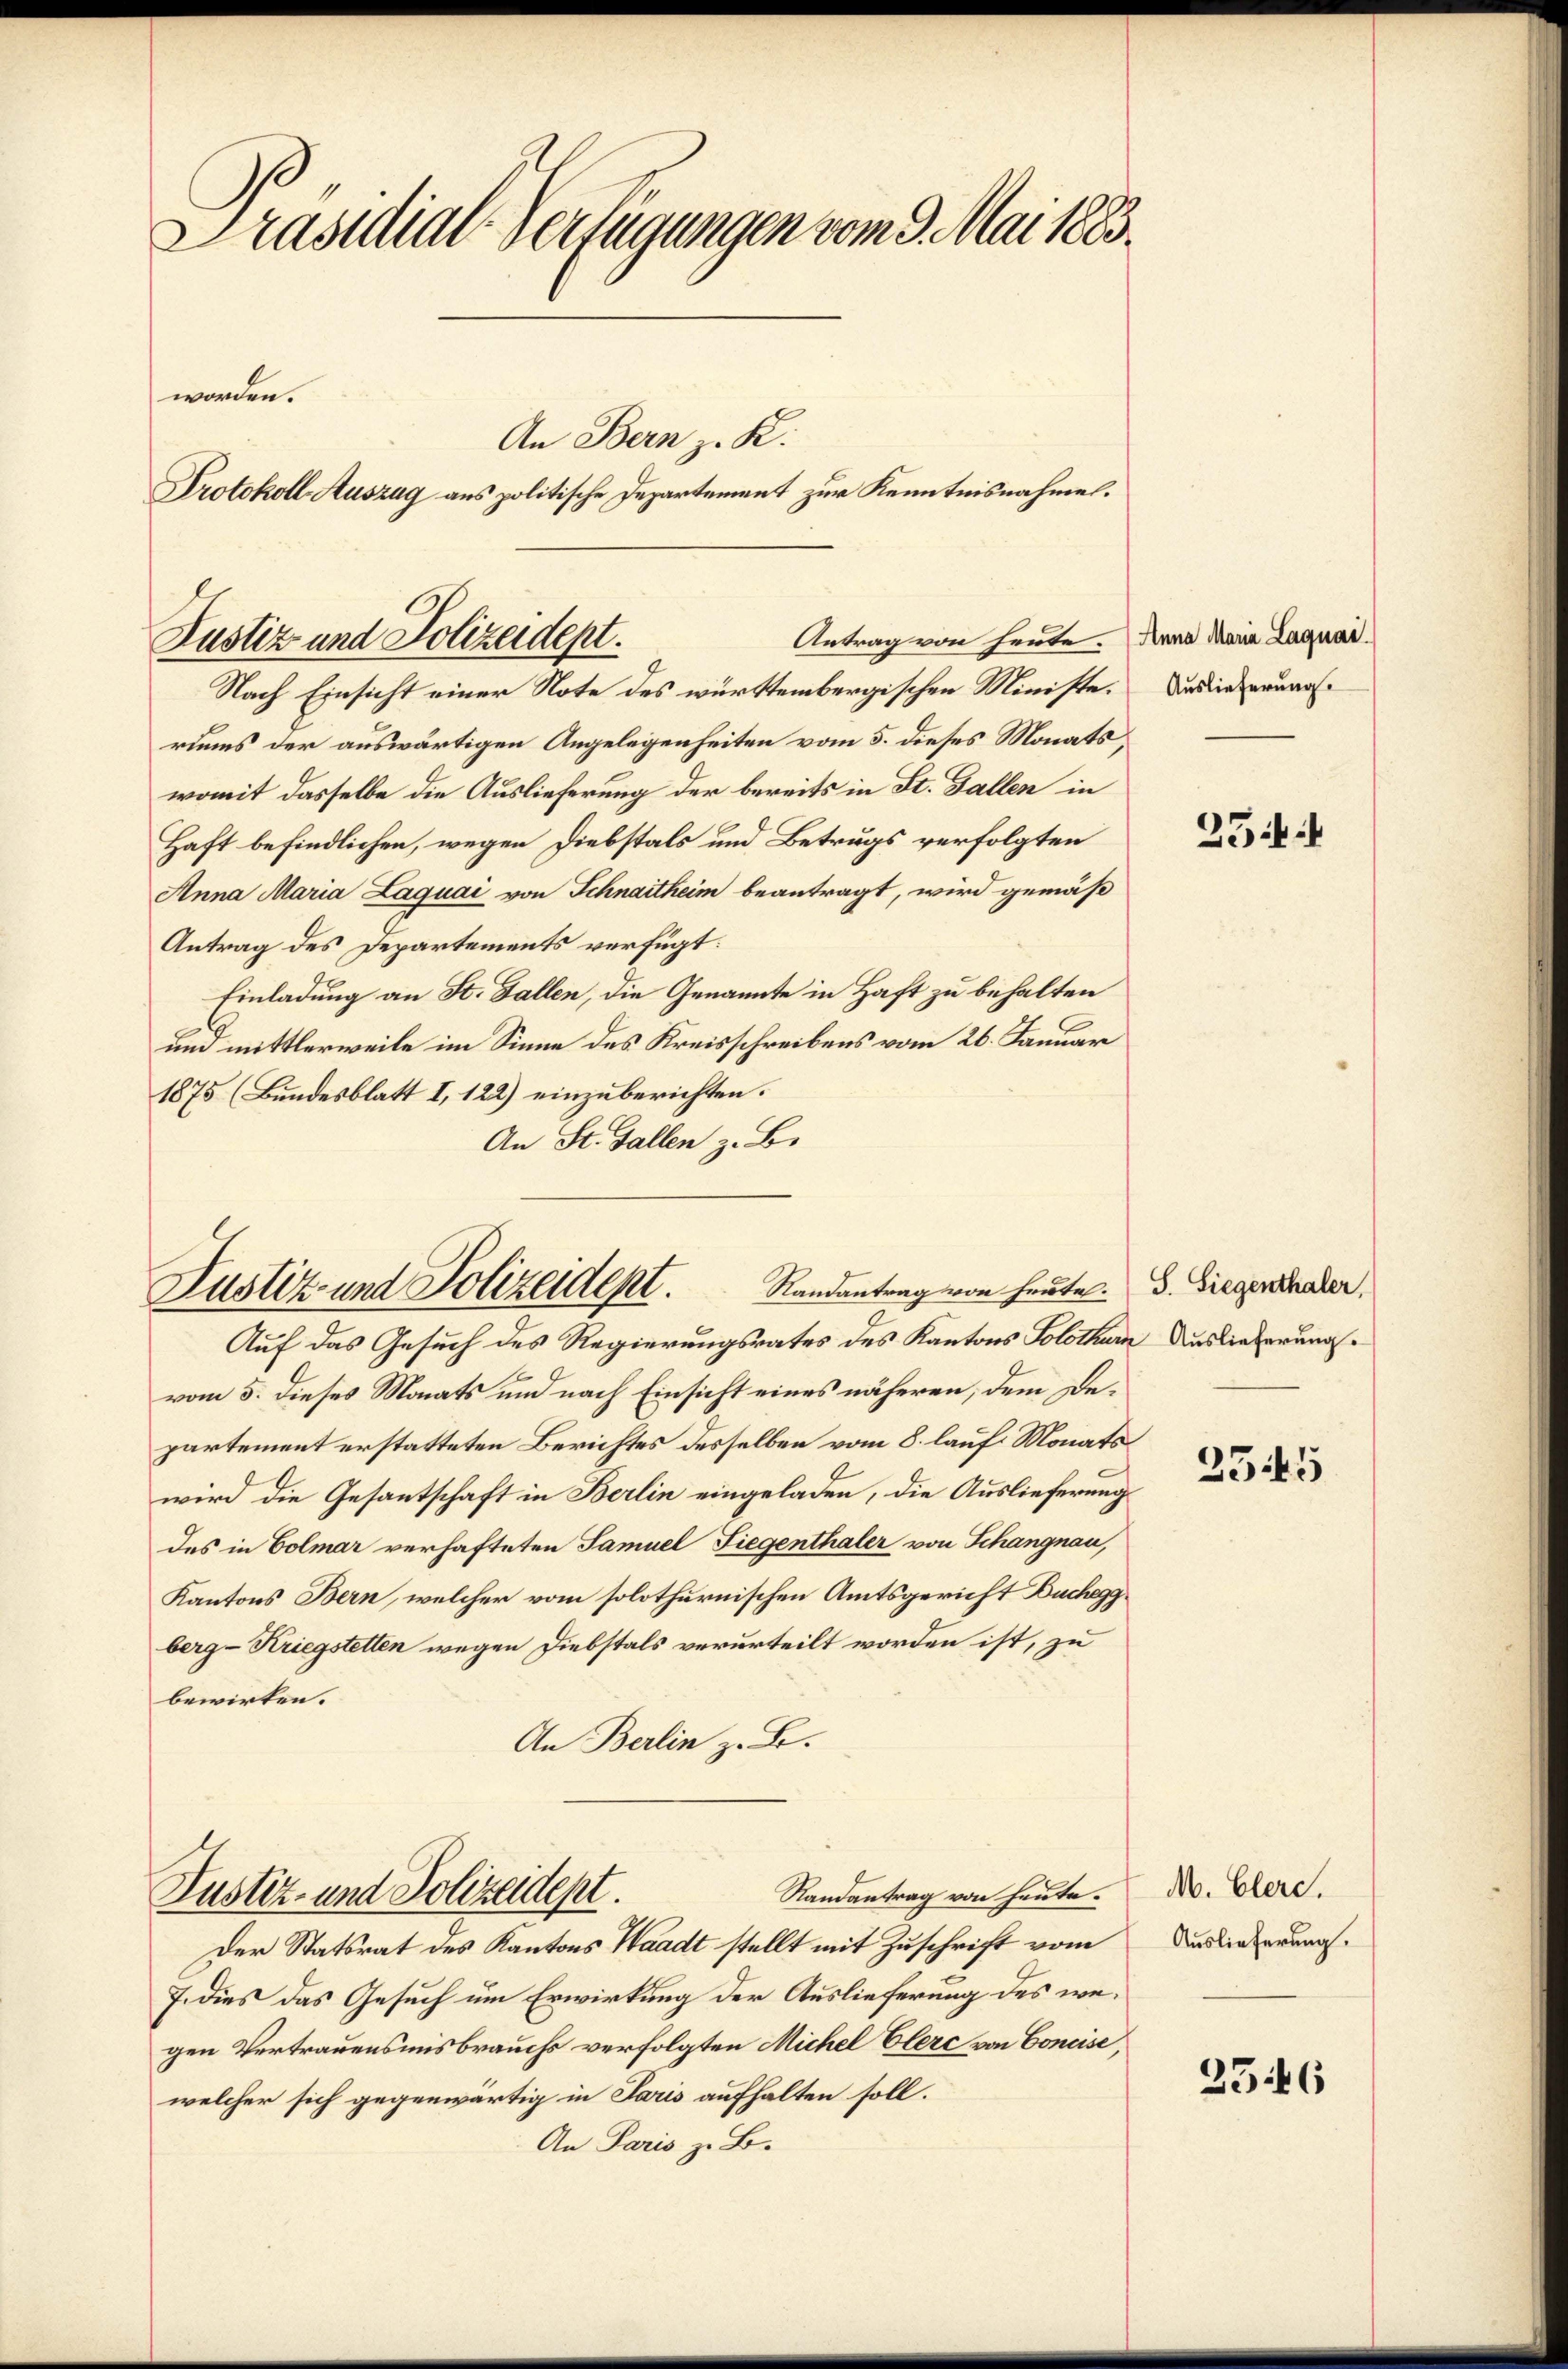
Präsidial-Verfügungen vom 9. Mai 1883.
worden.
An Bern z. K.
Protokoll-Auszug aus politische Departement zur Kenntnisnahmen.

Antrag von heute. (Anna Maria Laquai
Justiz und Polizeidept.
Nach Einsicht einer Note des württembergischen Ministe.

riums der auswärtigen Angelegenheiten vom 5. dieses Monatswomit dasselbe die Auslieferung der bereits in St. Gallen in
Haft befindlichen, wegen Diebstals und Betrugs verfolgten
Anna Maria Laquai von Schnaitheim beantragt, wird gemäß
Antrag des Departements verfügt:
Einladung an St. Gallen, die Genannte in Haft zu behalten
und mittlerweile im Sinne des Kreisschreibens vom 26. Januar
1875 (Bundesblatt I, 122) einzuberichten.
An St. Gallen z. B.

Justiz- und Polizeidept. Randantrag von heute.
Auf das Gesuch des Regierungsrates des Kantons Solothur

vom 5. dieses Monats und nach Einsicht eines näheren, dem Departement erstatteten Berichtes desselben vom 8. lauf Monats
wird die Gesantschaft in Berlin eingeladen, die Auslieferung
des in Colmar verhafteten Samuel Fiegenthaler von Schangnau,
Kantons Bern, welcher vom solothurnischen Amtsgericht Bucheg
berg-Kriegstetten wegen Diebstals verurteilt worden ist, zu
bewirken.
An Berlin z. B.
Randantrag von heute.
Justiz- und Polizeidept.
Der Statsrat des Kantons Waadt stellt mit Zuschrift vom
J. dies das Gesuch um Erwirkung der Auslieferung des wegen Vertrauensmisbrauchs verfolgten Michel Elerc von Concise,
welcher sich gegenwärtig in Paris aufhalten soll.
An Paris z. B.

Auslieferung.

25:

S. Siegenthaler,
Auslieferung.
t

255

M. Clerc.
Auslieferung.

2546